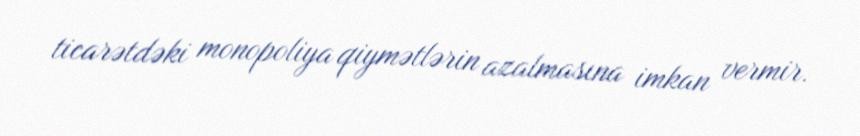
ticarətdəki monopoliya qiymətlərin azalmasına imkan vermir.